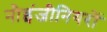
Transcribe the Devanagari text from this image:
नौइंजीनियरों